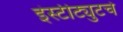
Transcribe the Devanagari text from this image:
इंस्टीट्युटचे